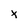
Character: x